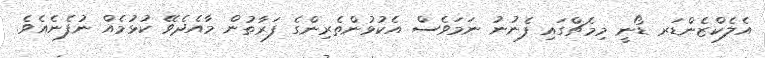
އެލެކްޒެންޑަރ ޑޯނީ މިމެޗްގައި ފެނުނު ނަމަވެސް އެކުޅުންތެރިންގެ ފަރާތުން މާއެދެވޭ ކުޅުމެއް ނުފެނެއެވެ.